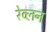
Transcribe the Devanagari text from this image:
रेव्लन